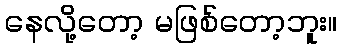
နေလို့တော့ မဖြစ်တော့ဘူး။